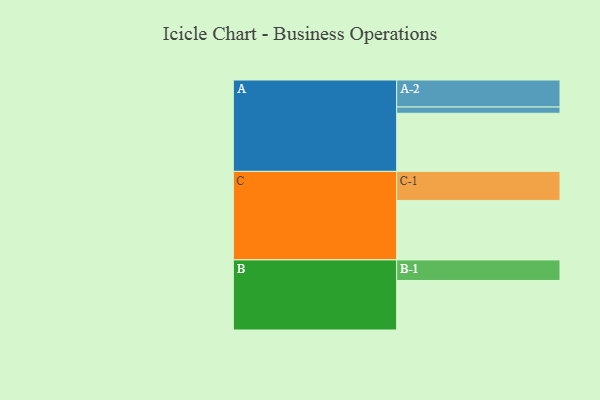
{"axis": {"x": "Segment", "y": "Value"}, "legend": ["", "A", "B", "C"], "data": [{"x": "A", "y": 568, "type": ""}, {"x": "B", "y": 484, "type": ""}, {"x": "C", "y": 581, "type": ""}, {"x": "A-1", "y": 61, "type": "A"}, {"x": "A-2", "y": 264, "type": "A"}, {"x": "B-1", "y": 201, "type": "B"}, {"x": "C-1", "y": 284, "type": "C"}]}